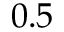
0 . 5